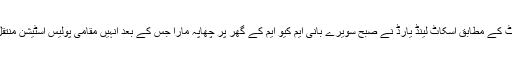
میڈیا رپورٹ کے مطابق اسکاٹ لینڈ یارڈ نے صبح سویرے بانی ایم کیو ایم کے گھر پر چھاپہ مارا جس کے بعد انہیں مقامی پولیس اسٹیشن منتقل کردیا گیا۔